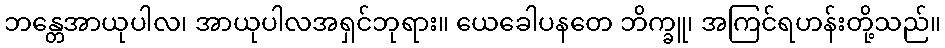
ဘန္တေအာယုပါလ၊ အာယုပါလအရှင်ဘုရား။ ယေခေါပနတေ ဘိက္ခူ၊ အကြင်ရဟန်းတို့သည်။